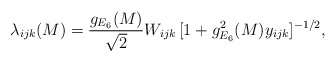
\begin{align*}\lambda_{ijk}(M) = \frac{g_{E_6}(M)}{\sqrt{2}}W_{ijk}\,[1+g_{E_6}^2(M)y_{ijk}]^{-1/2},\end{align*}